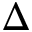
\Delta